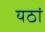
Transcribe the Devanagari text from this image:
यठां